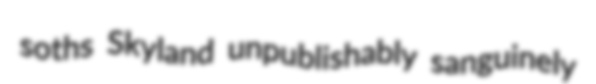
soths Skyland unpublishably sanguinely